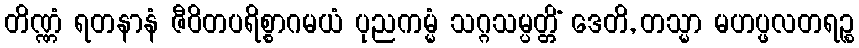
တိဏ္ဏံ ရတနာနံ ဇီဝိတပရိစ္စာဂမယံ ပုညကမ္မံ သဂ္ဂသမ္ပတ္တိံ ဒေတိ, တသ္မာ မဟပ္ဖလတရဉ္စ